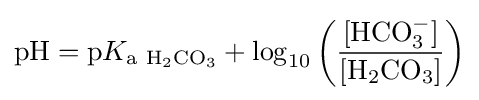
\mathrm {pH} =\mathrm {p} K_{\mathrm {a} ~\mathrm {H} _{2}\mathrm {CO} _{3}}+\log _{10}\left({\frac {[\mathrm {HCO} _{3}^{-}]}{[\mathrm {H} _{2}\mathrm {CO} _{3}]}}\right)